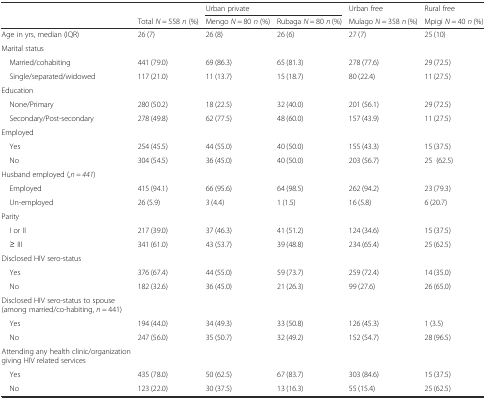
<table><thead><tr><td></td><td></td><td colspan="2"><b>Urban private</b></td><td><b>Urban free</b></td><td><b>Rural free</b></td></tr><tr><td></td><td><b>Total <i>N</i> = 558 <i>n</i> (%)</b></td><td><b>Mengo <i>N</i> = 80 <i>n</i> (%)</b></td><td><b>Rubaga <i>N</i> = 80 <i>n</i> (%)</b></td><td><b>Mulago <i>N</i> = 358 <i>n</i> (%)</b></td><td><b>Mpigi <i>N</i> = 40 <i>n</i> (%)</b></td></tr></thead><tbody><tr><td>Age in yrs, median (IQR)</td><td>26 (7)</td><td>26 (8)</td><td>26 (6)</td><td>27 (7)</td><td>25 (10)</td></tr><tr><td>Marital status</td><td></td><td></td><td></td><td></td><td></td></tr><tr><td> Married/cohabiting</td><td>441 (79.0)</td><td>69 (86.3)</td><td>65 (81.3)</td><td>278 (77.6)</td><td>29 (72.5)</td></tr><tr><td> Single/separated/widowed</td><td>117 (21.0)</td><td>11 (13.7)</td><td>15 (18.7)</td><td>80 (22.4)</td><td>11 (27.5)</td></tr><tr><td>Education</td><td></td><td></td><td></td><td></td><td></td></tr><tr><td> None/Primary</td><td>280 (50.2)</td><td>18 (22.5)</td><td>32 (40.0)</td><td>201 (56.1)</td><td>29 (72.5)</td></tr><tr><td> Secondary/Post-secondary</td><td>278 (49.8)</td><td>62 (77.5)</td><td>48 (60.0)</td><td>157 (43.9)</td><td>11 (27.5)</td></tr><tr><td>Employed</td><td></td><td></td><td></td><td></td><td></td></tr><tr><td> Yes</td><td>254 (45.5)</td><td>44 (55.0)</td><td>40 (50.0)</td><td>155 (43.3)</td><td>15 (37.5)</td></tr><tr><td> No</td><td>304 (54.5)</td><td>36 (45.0)</td><td>40 (50.0)</td><td>203 (56.7)</td><td>25(62.5)</td></tr><tr><td>Husband employed (,<i>n = 441</i>)</td><td></td><td></td><td></td><td></td><td></td></tr><tr><td> Employed</td><td>415 (94.1)</td><td>66 (95.6)</td><td>64 (98.5)</td><td>262 (94.2)</td><td>23 (79.3)</td></tr><tr><td> Un-employed</td><td>26 (5.9)</td><td>3 (4.4)</td><td>1 (1.5)</td><td>16 (5.8)</td><td>6 (20.7)</td></tr><tr><td>Parity</td><td></td><td></td><td></td><td></td><td></td></tr><tr><td> I or II</td><td>217 (39.0)</td><td>37 (46.3)</td><td>41 (51.2)</td><td>124 (34.6)</td><td>15 (37.5)</td></tr><tr><td> ≥ III</td><td>341 (61.0)</td><td>43 (53.7)</td><td>39 (48.8)</td><td>234 (65.4)</td><td>25 (62.5)</td></tr><tr><td>Disclosed HIV sero-status</td><td></td><td></td><td></td><td></td><td></td></tr><tr><td> Yes</td><td>376 (67.4)</td><td>44 (55.0)</td><td>59 (73.7)</td><td>259 (72.4)</td><td>14 (35.0)</td></tr><tr><td> No</td><td>182 (32.6)</td><td>36 (45.0)</td><td>21 (26.3)</td><td>99 (27.6)</td><td>26 (65.0)</td></tr><tr><td>Disclosed HIV sero-status to spouse (among married/co-habiting, <i>n</i> = 441)</td><td></td><td></td><td></td><td></td><td></td></tr><tr><td> Yes</td><td>194 (44.0)</td><td>34 (49.3)</td><td>33 (50.8)</td><td>126 (45.3)</td><td>1 (3.5)</td></tr><tr><td> No</td><td>247 (56.0)</td><td>35 (50.7)</td><td>32 (49.2)</td><td>152 (54.7)</td><td>28 (96.5)</td></tr><tr><td>Attending any health clinic/organization giving HIV related services</td><td></td><td></td><td></td><td></td><td></td></tr><tr><td> Yes</td><td>435 (78.0)</td><td>50 (62.5)</td><td>67 (83.7)</td><td>303 (84.6)</td><td>15 (37.5)</td></tr><tr><td> No</td><td>123 (22.0)</td><td>30 (37.5)</td><td>13 (16.3)</td><td>55 (15.4)</td><td>25 (62.5)</td></tr></tbody></table>